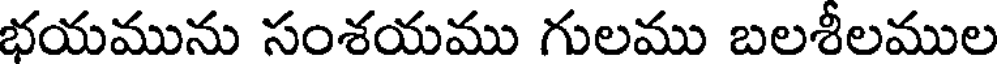
భయమును సంశయము గులము బలశీలముల